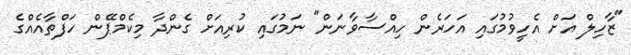
"ޒާހިލް އަށް އެހީވުމުގައި އަހަރެން ހިއްސާވާނަން" ނަމުގައި ކުރިއަށް ގެންދާ މިކެމްޕޭން ހަފްތާއެއްގެ